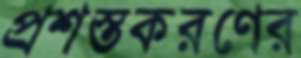
প্রশস্তকরণের